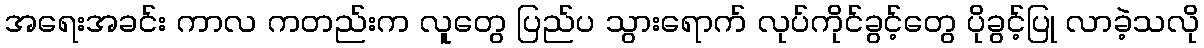
အရေးအခင်း ကာလ ကတည်းက လူတွေ ပြည်ပ သွားရောက် လုပ်ကိုင်ခွင့်တွေ ပိုခွင့်ပြု လာခဲ့သလို